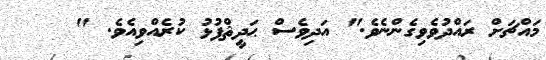
މައްޗަށް ރައްދުވެވިގެންނެވެ." އަދިވެސް ޙަދީޘްފުޅު ކުރެއްވިއެވެ. "